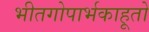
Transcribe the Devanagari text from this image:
भीतगोपार्भकाहूतो